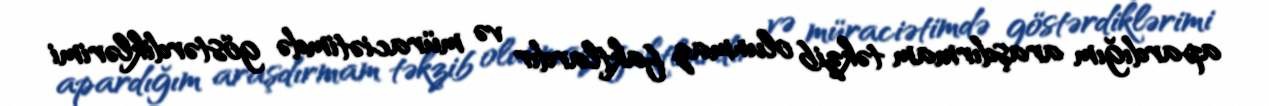
apardığım araşdırmam təkzib olunmaz faktlardır və müraciətimdə göstərdiklərimi